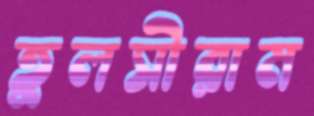
তুলসীরাম